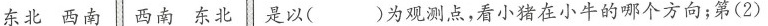
东北 西南 西南 东北 是以( )为观测点，看小猪在小牛的哪个方向；第(2)